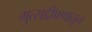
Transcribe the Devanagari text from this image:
मुत्सद्दीपणातून